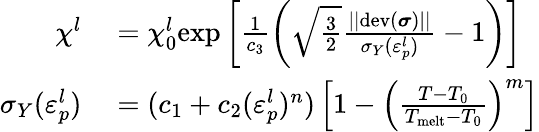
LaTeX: \begin{array}{rl}{\chi^{l}}&{{}=\chi_{0}^{l}\mathrm{exp}\left[\frac{1}{c_{3}}\left(\sqrt{\frac{3}{2}}\frac{||\mathrm{dev}(\boldsymbol\sigma)||}{\sigma_{Y}(\varepsilon_{p}^{l})}-1\right)\right]}\\ {\sigma_{Y}(\varepsilon_{p}^{l})}&{{}=(c_{1}+c_{2}(\varepsilon_{p}^{l})^{n})\left[1-\left(\frac{T-T_{0}}{T_{\mathrm{melt}}-T_{0}}\right)^{m}\right]}\end{array}